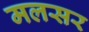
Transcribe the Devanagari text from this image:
मलसर